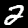
Digit: 2